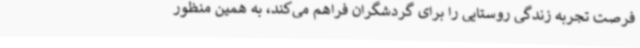
فرصت تجربه زندگی روستایی را برای گردشگران فراهم می‌کند، به همین منظور